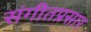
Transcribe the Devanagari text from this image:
संगीतप्रसार